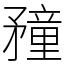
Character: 䂌